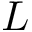
L